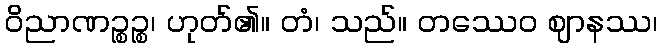
ဝိညာဏဉ္စဉ္စ၊ ဟုတ်၏။ တံ၊ သည်။ တဿေဝ ဈာနဿ၊